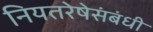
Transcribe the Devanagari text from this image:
नियतरेषेसंबंधी